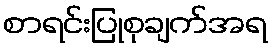
စာရင်းပြုစုချက်အရ